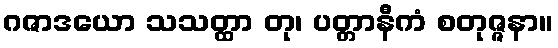
ဂဇာဒယော သသတ္ထာ တု၊ ပတ္တာနီကံ စတုဇ္ဇနာ။